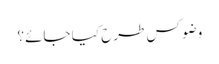
وضو کس طرح کیا جائے؟